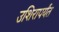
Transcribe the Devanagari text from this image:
उशिरापर्यंत